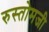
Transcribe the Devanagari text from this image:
रुस्तोमजी